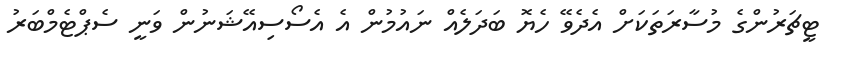
ޓީޗަރުންގެ މުސާރަތަކަށް އެދެވޭ ހެޔޮ ބަދަލެއް ނައުމުން އެ އެސޯސިއޭޝަނުން ވަނީ ސެޕްޓެމްބަރު